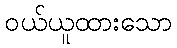
ဝယ်ယူထားသော